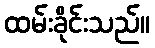
ထမ်းခိုင်းသည်။